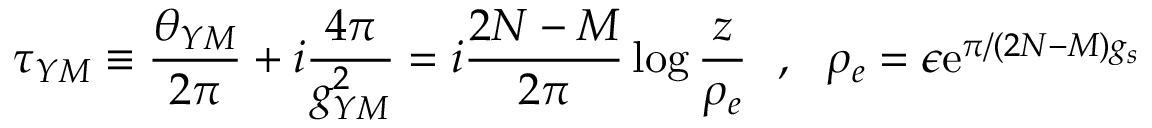
\tau _ { Y M } \equiv \frac { \theta _ { Y M } } { 2 \pi } + i \frac { 4 \pi } { g _ { Y M } ^ { 2 } } = i \frac { 2 N - M } { 2 \pi } \log \frac { z } { \rho _ { e } } ~ ~ , ~ ~ \rho _ { e } = \epsilon \mathrm { e } ^ { \pi / ( 2 N - M ) g _ { s } }